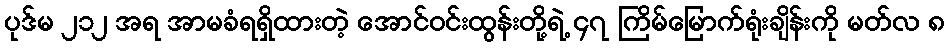
ပုဒ်မ ၂၁၂ အရ အာမခံရရှိထားတဲ့ အောင်ဝင်းထွန်းတို့ရဲ့ ၄၇ ကြိမ်မြောက်ရုံးချိန်းကို မတ်လ ၈